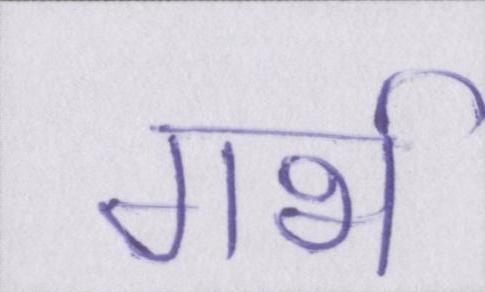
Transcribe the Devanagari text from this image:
गर्भ